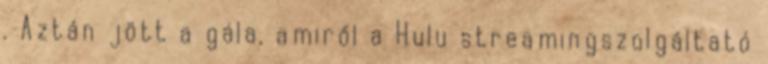
. Aztán jött a gála, amiről a Hulu streamingszolgáltató